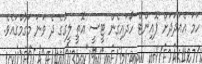
ހަމަ އެއަދަދަށް ޕޮއިންޓް ހޯދައިގެން ޓީސީ އޮތީ ލީގުގެ ދެ ވަނަ މަގާމްގައެވެ.